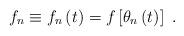
LaTeX: \begin{align*}f_{n}\equiv f_{n}\left( t\right) =f\left[ \theta _{n}\left( t\right) \right]~. \end{align*}